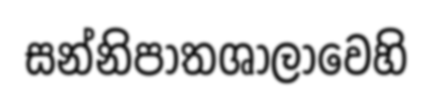
සන්නිපාතශාලාවෙහි